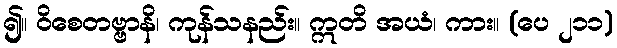
၍။ ဝိစေတဗ္ဗာနိ၊ ကုန်သနည်း။ ဣတိ အယံ၊ ကား။ (ပေ ၂၁၁)